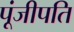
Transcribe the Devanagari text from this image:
पूंजीपति